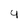
Character: 4